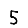
Digit: 5